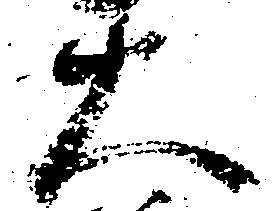
大